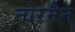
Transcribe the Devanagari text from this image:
नोरमैन